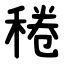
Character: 䅚